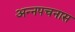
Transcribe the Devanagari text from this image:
अन्नपचनास